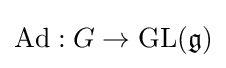
\operatorname {Ad} :G\to \operatorname {GL} ({\mathfrak {g}})